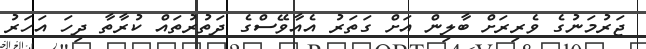
ޖަރުމަނުގެ ވެރިރަށް ބާލިން އަށް ގަތަރު އެއާވޭސްގެ ދަތުރުތައް ކުރާތާ ދިހަ އަހަރު